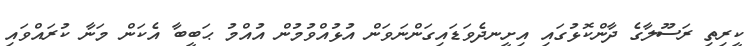
ކީރިތި ރަސޫލާގެ ދާންކޮޅުގައި އިށީނދެވަޑައިގަންނަވަން އުޅުއްވުމުން އުއްމު ޙަބީބާ އެކަން މަނާ ކުރައްވައި